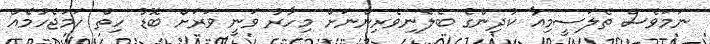
ނަމަވެސް ތެލަސީމިއާ ކުދިންގެ ބެލެނިވެރިންނަށް މިހާރު ވަނީ ވަރަށް ބޮޑު ހިތް ހަމަޖެހުމެއް